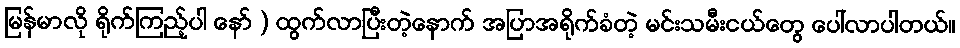
မြန်မာလို ရိုက်ကြည့်ပါ နော် ) ထွက်လာပြီးတဲ့နောက် အပြာအရိုက်ခံတဲ့ မင်းသမီးငယ်တွေ ပေါ်လာပါတယ်။